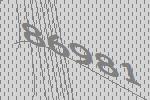
86981